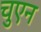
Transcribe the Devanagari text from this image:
चुएन